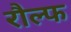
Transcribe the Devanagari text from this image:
रौल्फ